Medical and sanitary report of the native army of Madras for the year
Year: 1877
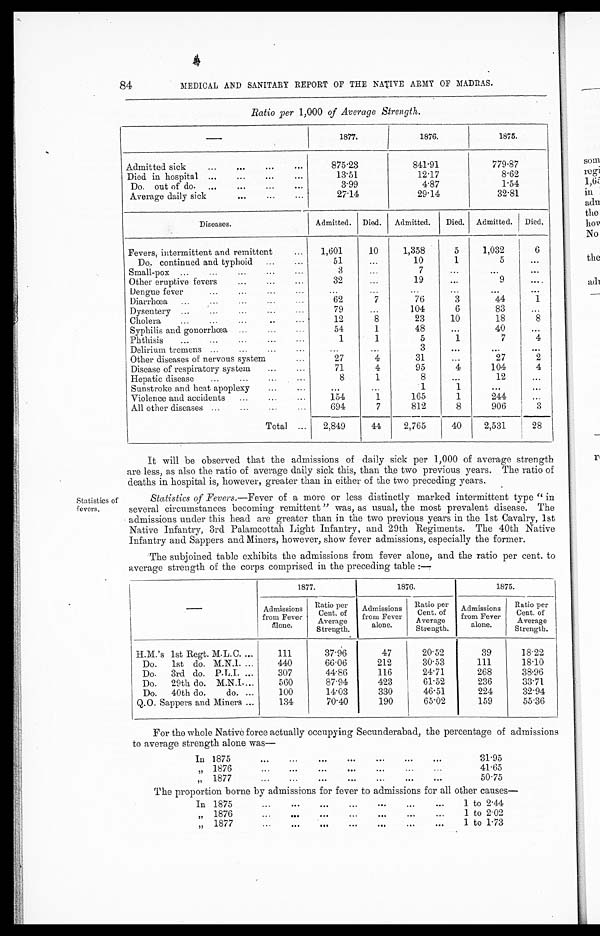
84
MEDICAL AND SANITARY REPORT OF THE NATIVE ARMY OF MADRAS.
Ratio per 1,000 of Average Strength.
1877.
1876.
1875.
Admitted sick
...
. . .
. . .
. . .
875.23
841.91
779.87
Died in hospital ...
...
...
...
13.51
12.17
8.62
Do. out of do...
...
...
...
3.99
4.87
1.54
Average daily sick
...
...
27.14
29.14
32.81
Diseases.
Admitted.
Died.
Admitted.
Died.
Admitted.
D i e d .
Fevers, intermittent and remittent
...
1,601
10
1,358
5
1,032
6
Do,. continued and typhoid ...
...
51
...
10
1
5
...
S mall -pox ...
...
..
...
...
3
7
. . .
. . .
. . .
Other eruptive fevers
...
...
...
32
...
19
...
9
. . .
Dengue fever
...
...
...
...
. . .
. . .
. . .
Diarrhœa...
...
...
62
7
76
3
44
1
Dysentery ...
...
...
...
...
79
...
104
6
83
. . .
Cholera
...
...
... . . .
12
8
23
10
18
8
Syphilis and gonorrhœa ...
54
1
48
...
40
. . .
Phthisis
...
...
...
...
...
1
1
5
1
7
4
Del i rium tremens ...
...
...
...
...
. . .
3
...
...
. . .
Other diseases of nervous system
...
27
4
31
...
27
2
Disease of respiratory system
...
...
71
4
9 5
4
104
4
Hepatic disease
...
...
...
...
8
1
8
...
12
. . .
Sunstroke and heat apoplexy
...
...
...
...
1
1
...
. . .
Violence and accidents
...
...
...
154
1
165
1
244
...
All other diseases ...
...
...
...
694
7
812
8
906
3
Total ...
2,849
44
2,765
40
2,531
28
Statistics of
fevers,
It will be observed that the admissions of daily sick per 1,000 of average strength
are less, as also the ratio of average daily sick this, than the two previous years. The ratio of
deaths in hospital is, however, greater than in either of the two preceding years.
Statistics of Fevers.— Fever of a more or less distinctly marked intermittent type "
in several circumstances becoming remittent " was, as usual, the most prevalent disease. The
admissions under this head are greater than in the two previous years in the 1st Cavalry, 1st
Native Infantry, 3rd Palamcottah Light Infantry, and 29th Regiments. The 40th Native
Infantry and Sappers and Miners, however, show fever admissions, especially the former.
The subjoined table exhibits the admissions from fever alone, and the ratio per cent. to
average strength of the corps comprised in the preceding table :—
—
1877.
1876.
1875.
Admissions
from Fever
Clone.
Ratio per
Cent. of
Average
Strength.
Admissions
from Fever
alone.
Ratio per
Cent. of
Average
Strength.
Admissions
from Fever
alone.
Ratio per
Cent. of
Average
Strength.
H.M.'s 1st Regt. M.L.C....
111
37.96
47
20.52
39
18.22
Do. 1st do. M.N.I. ...
440
66.06
2 1 2
30.53
111
18.10
Do.
3rd do. P.L.I. ...
307
44.86
116
24.71
268
38.96
Do. 29th do. M.N.I....
560
87.94
423
61.52
236
33.71
Do.
40th do. do. ...
100
14.03
330
46.51
224
32.94
Q.O. Sappers and Miners ...
134
70.40
190
65.02
159
55.36
For the whole Native force actually occupying Secunderabad, the percentage of admissions
to average strength alone was
—
In 1875
...
...
...
...
...
...
...
31.95
,, 1876
...
...
...
...
...
...
...
41.65
„ 1877
...
...
. . .
...
. . .
...
. . .
50.75
The proportion borne by admissions tor fever to a
dmissions tor all other causes
—
In 1 8 7 5
...
. . .
...
...
.••
. . .
1 to 2.44
„ 1876
...
...
. . .
...
. . .
...
...
1 to 2 . 02
,, 1877
. . . . . .
. . .
...
. . .
. . .
. . .
1 to 1.73